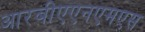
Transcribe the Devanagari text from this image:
आरबीएएनएमएस